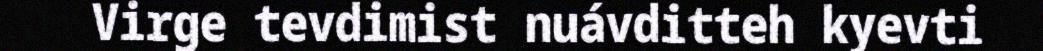
Virge tevdimist nuávditteh kyevti